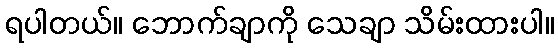
ရပါတယ်။ ဘောက်ချာကို သေချာ သိမ်းထားပါ။